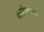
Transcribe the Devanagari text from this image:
कार्यान्यवयन